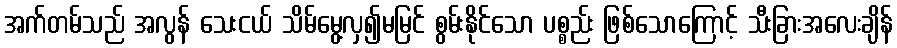
အက်တမ်သည် အလွန် သေးငယ် သိမ်မွေ့လှ၍မမြင် စွမ်းနိုင်သော ပစ္စည်း ဖြစ်သောကြောင့် သီးခြားအလေးချိန်